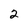
Character: 2